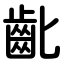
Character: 齔